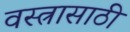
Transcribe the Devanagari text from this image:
वस्त्रासाठी